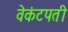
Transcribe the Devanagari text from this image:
वेकंटपती